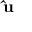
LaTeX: \mathbf { { \hat { u } } _ { \theta } }